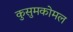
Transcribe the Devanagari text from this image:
कुसुमकोमल